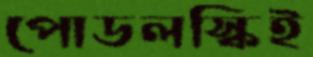
পোডলস্কিই